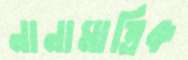
নানামাত্রিক